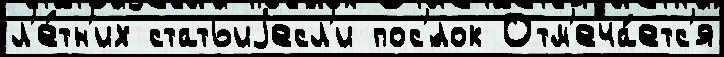
л'е́тн'их статьиjесл'и пос'́лок Отм'еча́етс'я